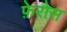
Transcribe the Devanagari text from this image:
फ़ेरोस